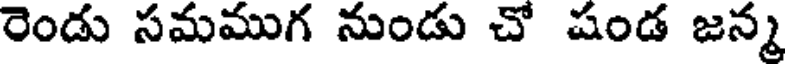
రెండు సమముగ నుండు చో షండ జన్మ